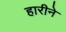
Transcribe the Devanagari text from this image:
हारीने